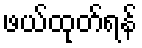
ဖယ်ထုတ်ရန်